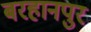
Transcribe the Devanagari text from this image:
बरहानपुर